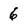
Character: 6